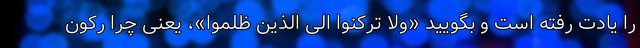
را یادت رفته است و بگویید «ولا ترکنوا الی الذین ظلموا»، یعنی چرا رکون